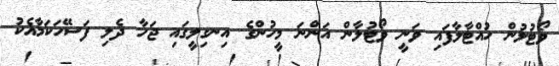
ވޯޓުލުން ހުއްޓާލާފައި ވަނީ ވޯޓުލާން އަންނަ މީހުންގެ އިނގިލީގައި ޖަހާ ދެލި ފަސޭހަކަމާއެކު